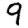
Digit: 9